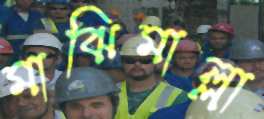
মাঝিমাল্লা